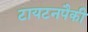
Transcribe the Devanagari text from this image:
टायटनपैकी